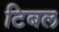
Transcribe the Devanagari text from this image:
टिबल